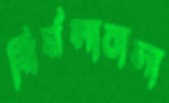
নির্মলাবালা